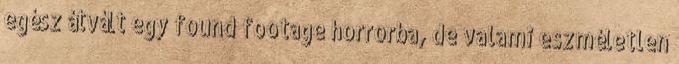
egész átvált egy found footage horrorba, de valami eszméletlen